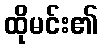
ထိုမင်း၏